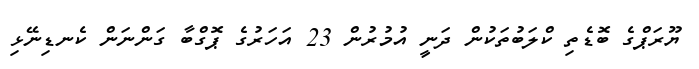
ޔޫރަޕްގެ ބޮޑެތި ކްލަބުތަކުން ދަނީ އުމުރުން 23 އަހަރުގެ ޕޮގްބާ ގަންނަން ކެނޑިނޭޅި